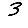
Digit: 3